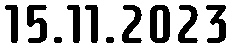
15.11.2023